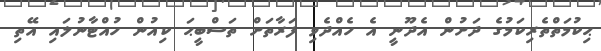
ޙިކުމަތްތެރިކަމުގެ ދަށުން އެދޫނީ އެ ހެއްދެވި ފަރާތަށް ތަސްބީޙަ ކިއުން ހުއްޓާނުލައި އޭތި